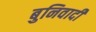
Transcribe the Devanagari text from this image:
बुनिवादी